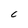
Character: C